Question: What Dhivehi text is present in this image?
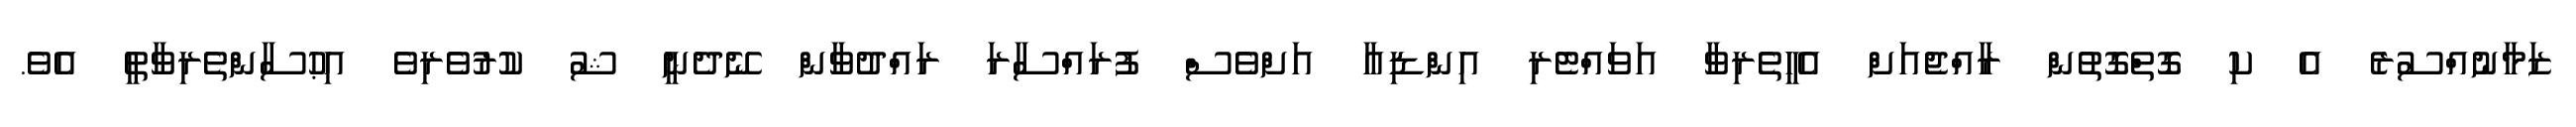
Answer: ޒަމާނުއްސުރެ އެ ކި ގޮތްގޮތުން ރާއްޖެއަށް އެހީތެރިވާ އަވައްޓެރި އިންޑިއާ އަށްވެސް ފުރައްސާރަ ރައްދުވާން ނޭދެނީ ޝު ކުރުވެރިވެ އިޙުސާންތެރިވާތީ އެވެ.